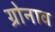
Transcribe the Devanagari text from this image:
ग्रोनाव